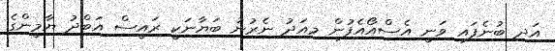
އަދި ބުނެފައި ވަނީ އެސްއޯއެފުން މިއަދު ނެރުނު ބަޔާނަކީ ރައީސް އަބްދު ޔާމީންގެ